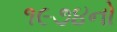
૧૯૭૪નો